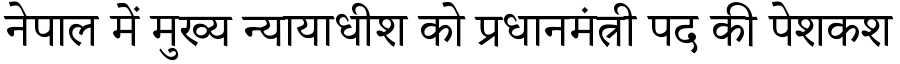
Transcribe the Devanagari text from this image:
नेपाल में मुख्य न्यायाधीश को प्रधानमंत्री पद की पेशकश